Annual report on the working of the lock hospitals in the Central Provinces
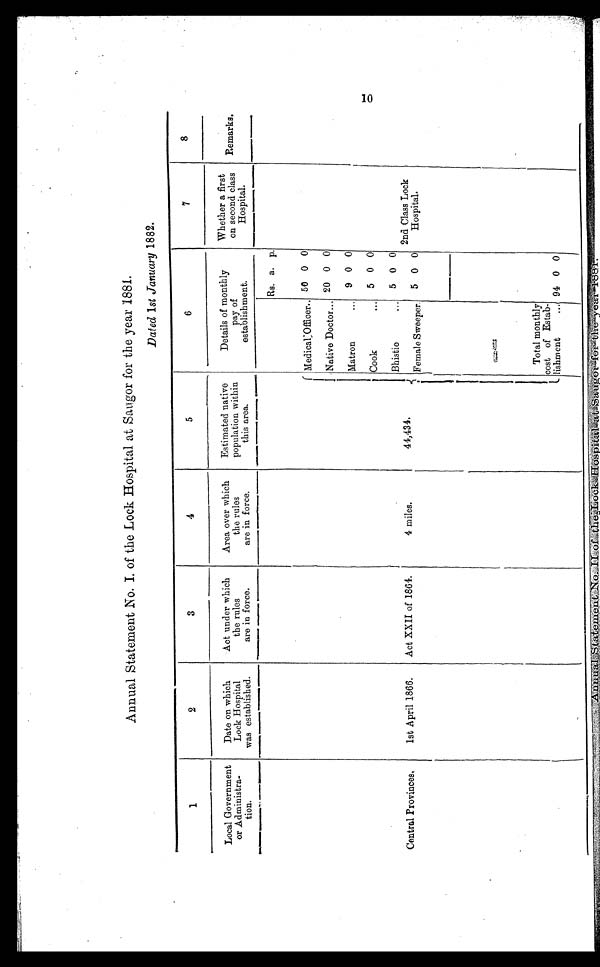
Annual Statement No. I. of the Lock Hospital at Saugor for the year 1881.
Dated 1st January 1882.
1
2
3
4
5
6
7
8
Local Government
or Adminiatra-tion.
Date on which
Lock Hospital
was established.
Act under which
the rules
are in force.
Area over which
the rules
are in force.
Estimated native
population within
this area.
Details of monthly
pay of
establishment.
Whether a first
on second class
Hospital.
Remarks.
Rs. a. p.
I
44,434.
Medical Officer.. 50 0 0
Native Doctor... 20 0 0
Matron
684
9 0 0
Cook... 5 0 0
Central Provinces.
1st April 1866.
Act XXII of 1864.
4 miles.
Bhistie... 5 0 0
Female Sweeper. 5 0 0
2nd Class Lock
Hospital.
-
Total monthly
cost of Estab-
lishment... 94 0 0